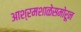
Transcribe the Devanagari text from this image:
आश्रमशाळेसमोरून